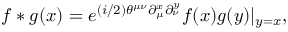
f * g ( x ) = e ^ { ( i / 2 ) \theta ^ { \mu \nu } \partial _ { \mu } ^ { x } \partial _ { \nu } ^ { y } } f ( x ) g ( y ) | _ { y = x } ,